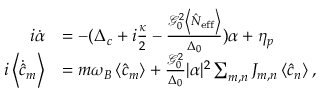
\begin{array} { r l } { i \dot { \alpha } } & { = - ( \Delta _ { c } + i \frac { \kappa } { 2 } - \frac { \mathcal { G } _ { 0 } ^ { 2 } \left\langle \hat { N } _ { \mathrm { e f f } } \right\rangle } { \Delta _ { 0 } } ) \alpha + \eta _ { p } } \\ { i \left\langle \dot { \hat { c } } _ { m } \right\rangle } & { = m \omega _ { B } \left\langle \hat { c } _ { m } \right\rangle + \frac { \mathcal { G } _ { 0 } ^ { 2 } } { \Delta _ { 0 } } | \alpha | ^ { 2 } \sum _ { m , n } J _ { m , n } \left\langle \hat { c } _ { n } \right\rangle , } \end{array}